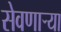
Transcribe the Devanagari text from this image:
सेवणाऱ्या